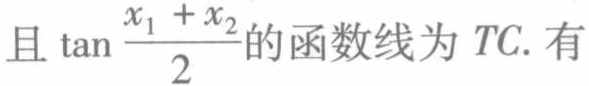
且\(\tan\frac{x_{1} + x_{2}}{2}\)的函数线为\(TC\). 有